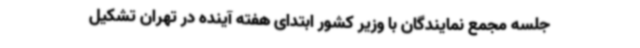
جلسه مجمع نمایندگان با وزیر کشور ابتدای هفته آینده در تهران تشکیل